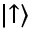
\left| \uparrow \right\rangle